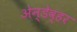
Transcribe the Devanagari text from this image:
अेन्डेव्हर